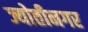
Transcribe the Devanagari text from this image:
ज्योतीनगर